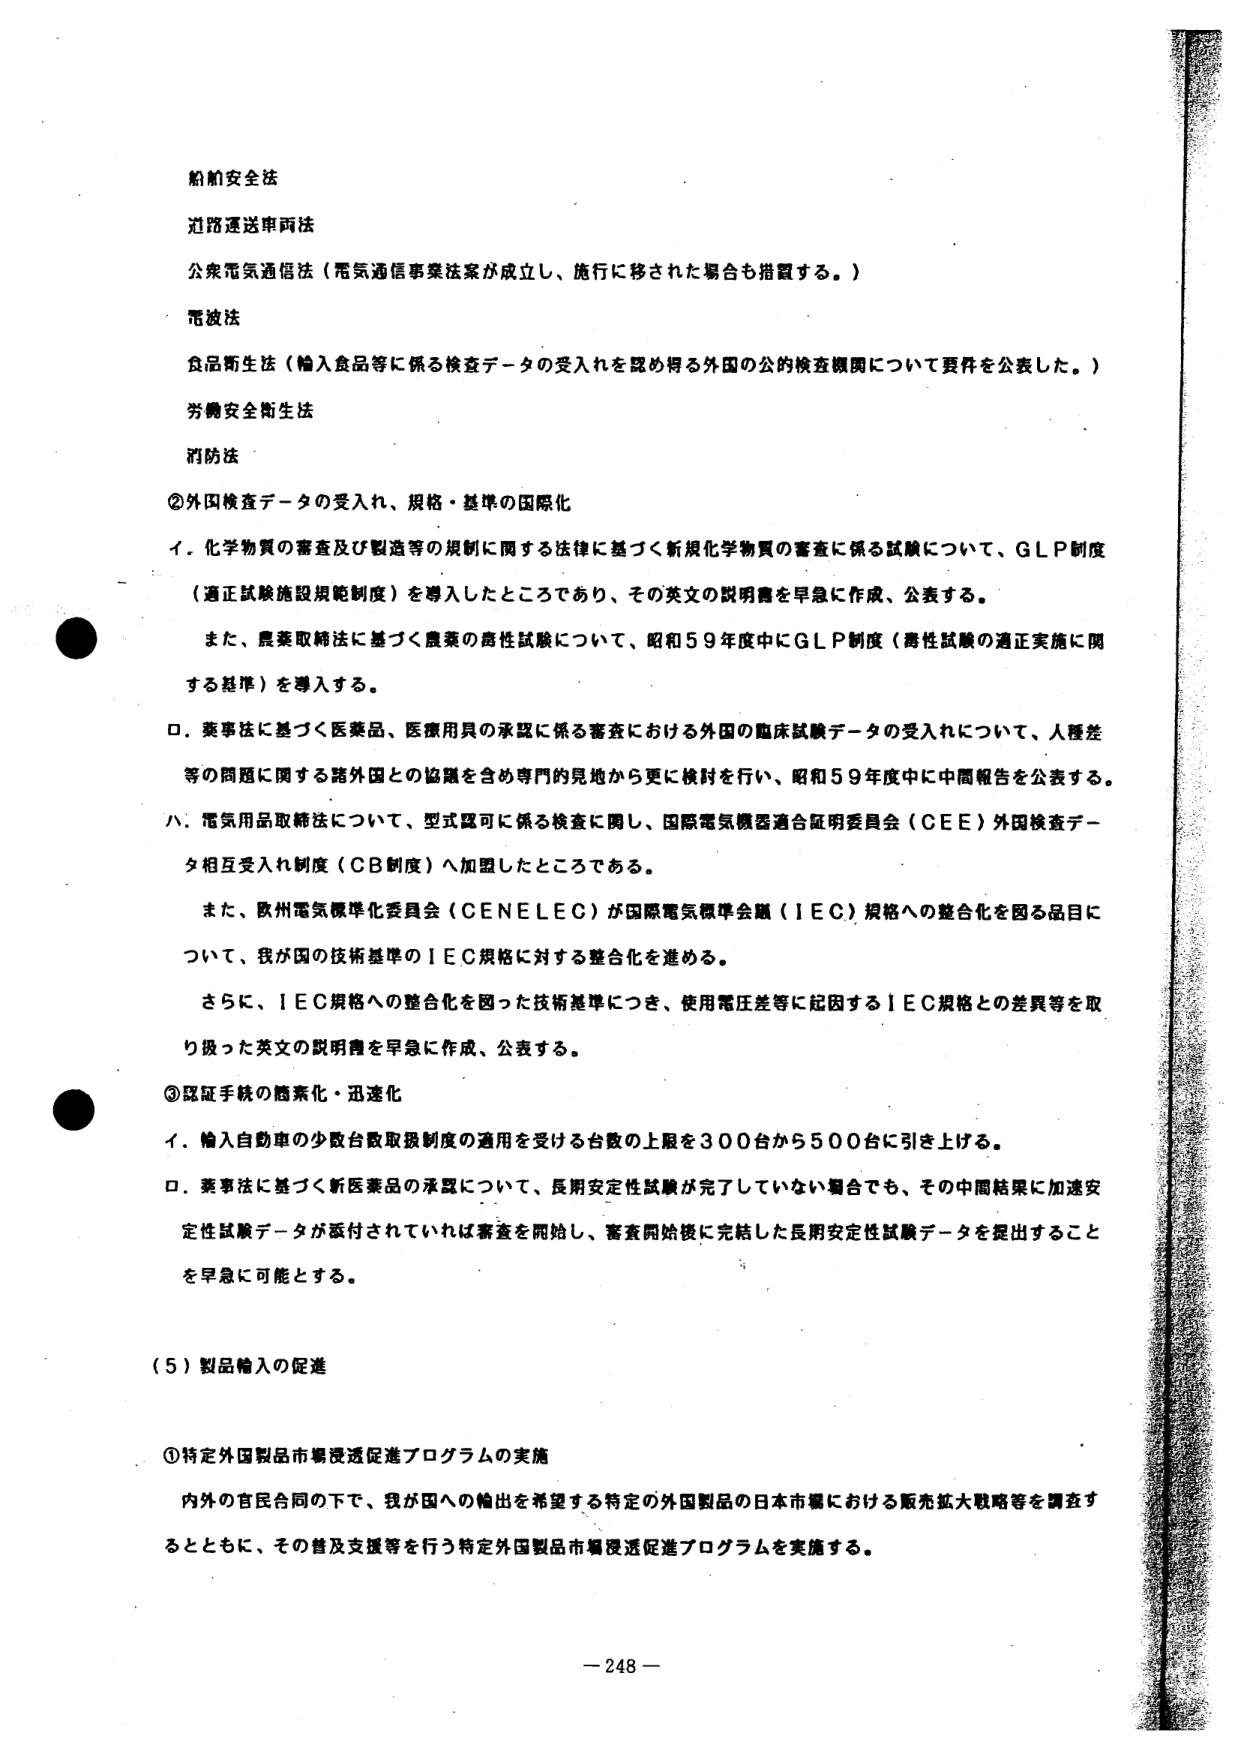
船舶安全法
道路運送車両法
公衆電気通信法（電気通信事業法案が成立し、施行に移された場合も措置する。）
電波法
食品衛生法（輸入食品等に係る検査データの受入れを認め得る外国の公的検査機関について要件を公表した。）
労働安全衛生法
消防法

②外国検査データの受入れ、規格・基準の国際化

イ．化学物質の審査及び製造等の規制に関する法律に基づく新規化学物質の審査に係る試験について、ＧＬＰ制度（適正試験施設規範制度）を導入したところであり、その英文の説明書を早急に作成、公表する。

また、農薬取締法に基づく農薬の毒性試験について、昭和５９年度中にＧＬＰ制度（毒性試験の適正実施に関する基準）を導入する。

ロ．薬事法に基づく医薬品、医療用具の承認に係る審査における外国の臨床試験データの受入れについて、人種差等の問題に関する諸外国との協議を含め専門的見地から更に検討を行い、昭和５９年度中に中間報告を公表する。

ハ．電気用品取締法について、型式認可に係る検査に関し、国際電気機器適合証明委員会（ＣＥＥ）外国検査データ相互受入れ制度（ＣＢ制度）へ加盟したところである。

また、欧州電気標準化委員会（ＣＥＮＥＬＥＣ）が国際電気標準会議（ＩＥＣ）規格への整合化を図る品目について、我が国の技術基準のＩＥＣ規格に対する整合化を進める。

さらに、ＩＥＣ規格への整合化を図った技術基準につき、使用電圧差等に起因するＩＥＣ規格との差異等を取り扱った英文の説明書を早急に作成、公表する。

③認証手続の簡素化・迅速化

イ．輸入自動車の少数台数取扱制度の適用を受ける台数の上限を３００台から５００台に引き上げる。

ロ．薬事法に基づく新医薬品の承認について、長期安定性試験が完了していない場合でも、その中間結果に加速安定性試験データが添付されていれば審査を開始し、審査開始後に完結した長期安定性試験データを提出することを早急に可能とする。

（５）製品輸入の促進

①特定外国製品市場浸透促進プログラムの実施

内外の官民合同の下で、我が国への輸出を希望する特定の外国製品の日本市場における販売拡大戦略等を調査するとともに、その普及支援等を行う特定外国製品市場浸透促進プログラムを実施する。

－248－